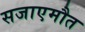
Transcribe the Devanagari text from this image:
सजाएमौत